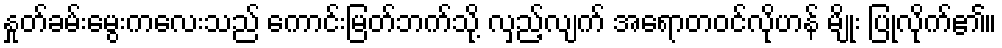
နှုတ်ခမ်းမွေးကလေးသည် ကောင်းမြတ်ဘက်သို့ လှည့်လျက် အရောတဝင်လိုဟန် မျိုး ပြုလိုက်၏။